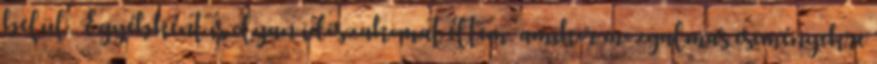
belül. Egyébként is olyan időszakomat éltem, amikor mozgalmas eseményekre